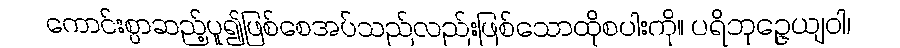
ကောင်းစွာဆည့်ပူ၍ဖြစ်စေအပ်သည်လည်းဖြစ်သောထိုစပါးကို။ ပရိဘုဉ္ဇေယျဝါ၊